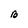
Character: B